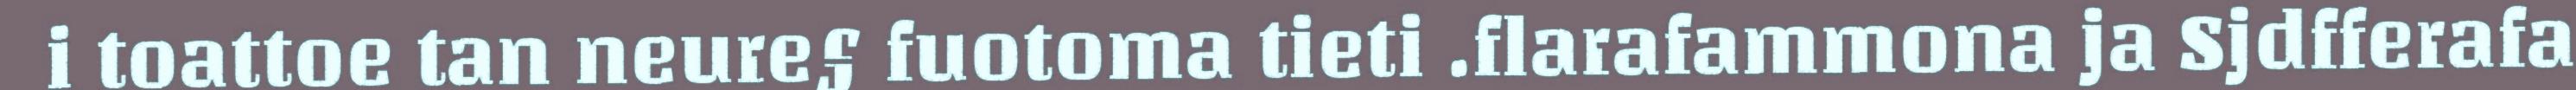
i toattoe tan neure§ fuotoma tieti .flarafammona ja Sjdfferafa